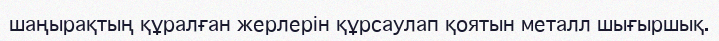
шаңырақтың құралған жерлерін құрсаулап қоятын металл шығыршық.